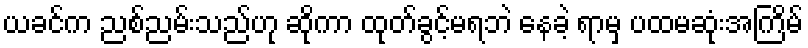
ယခင်က ညစ်ညမ်းသည်ဟု ဆိုကာ ထုတ်ခွင့်မရဘဲ နေခဲ့ ရာမှ ပထမဆုံးအကြိမ်